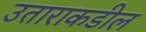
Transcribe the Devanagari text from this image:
उताराकडील